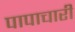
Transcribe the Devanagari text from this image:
पापाचारी